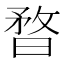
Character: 暓